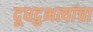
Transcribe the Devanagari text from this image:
दूधदुभत्यांचा